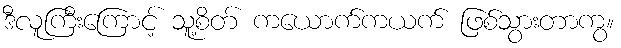
ဒီလူကြီးကြောင့် သူ့စိတ် ကယောက်ကယက် ဖြစ်သွားတာကွ။